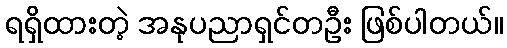
ရရှိထားတဲ့ အနုပညာရှင်တဦး ဖြစ်ပါတယ်။